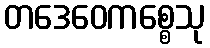
တဒေဝေကစ္စေသု